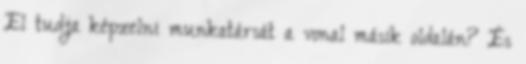
El tudja képzelni munkatársát a vonal másik oldalán? És